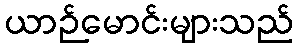
ယာဉ်မောင်းများသည်